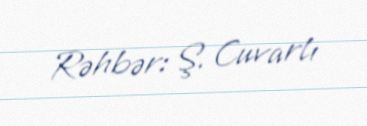
Rəhbər: Ş. Cuvarlı